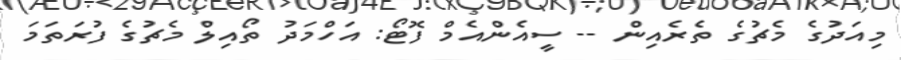
މިއަދުގެ މެޗުގެ ތެރެއިން -- ސީއެންއެމް ފޮޓޯ: އަހްމަދު ތޯއިލް މެޗުގެ ފުރަތަމަ